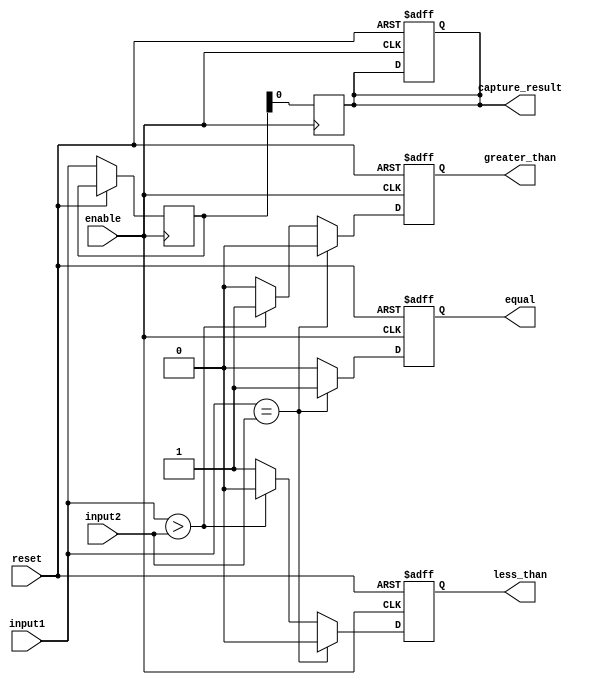
module comparator (
    input [7:0] input1,
    input [7:0] input2,
    input enable,
    input reset,
    output equal,
    output greater_than,
    output less_than,
    output reg capture_result
);

    reg [7:0] temp_result;

    always @ (posedge enable or posedge reset) begin
        if (reset) begin
            equal <= 0;
            greater_than <= 0;
            less_than <= 0;
            capture_result <= 0;
        end
        else if (enable) begin
            if (input1 == input2) begin
                equal <= 1;
                greater_than <= 0;
                less_than <= 0;
            end
            else if (input1 > input2) begin
                equal <= 0;
                greater_than <= 1;
                less_than <= 0;
            end
            else begin
                equal <= 0;
                greater_than <= 0;
                less_than <= 1;
            end
            temp_result <= input1;
        end
    end

    always @ (posedge enable) begin
        capture_result <= temp_result;
    end

endmodule